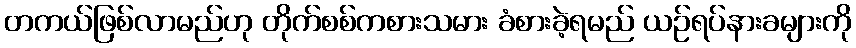
တကယ်ဖြစ်လာမည်ဟု တိုက်စစ်ကစားသမား ခံစားခဲ့ရမည် ယဉ်ရပ်နားခများကို